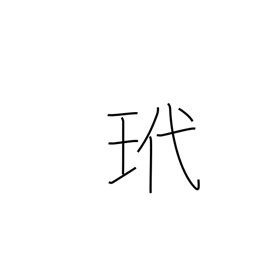
Meaning: tortoise shell